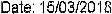
DATE: 15/03/2018